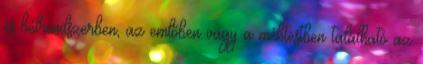
és bélrendszerben, az emlőben vagy a méhtestben található az